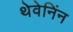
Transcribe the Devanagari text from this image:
थेवेनिंन